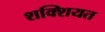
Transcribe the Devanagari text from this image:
शक्शियत